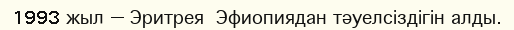
1993 жыл — Эритрея  Эфиопиядан тәуелсіздігін алды.